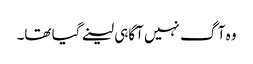
وہ آگ نہیں آگاہی لینے گیا تھا۔